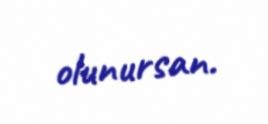
olunursan.